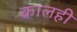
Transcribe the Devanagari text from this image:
कालही